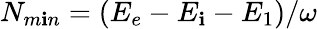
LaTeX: N_{m\mathbf{i}n}=(E_{e}-E_{\mathbf{i}}-E_{1})/\omega